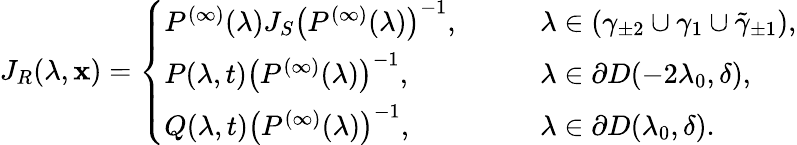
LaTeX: J_{R}(\lambda,\mathbf{x})=\left\{ \begin{array}{ll}{P^{(\infty)}(\lambda)J_{S}\left(P^{(\infty)}(\lambda)\right)^{-1},}&{\qquad\lambda\in\left(\gamma_{\pm 2}\cup\gamma_{1}\cup\tilde{\gamma}_{\pm 1}\right),}\\ {P(\lambda,t)\left(P^{(\infty)}(\lambda)\right)^{-1},}&{\qquad\lambda\in\partial D(-2\lambda_{0},\delta),}\\ {Q(\lambda,t)\left(P^{(\infty)}(\lambda)\right)^{-1},}&{\qquad\lambda\in\partial D(\lambda_{0},\delta).}\end{array}\right.